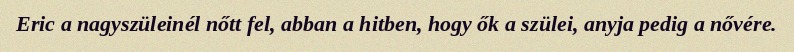
Eric a nagyszüleinél nőtt fel, abban a hitben, hogy ők a szülei, anyja pedig a nővére.